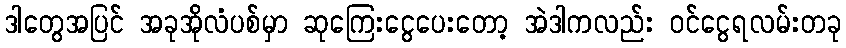
ဒါတွေအပြင် အခုအိုလံပစ်မှာ ဆုကြေးငွေပေးတော့ အဲဒါကလည်း ဝင်ငွေရလမ်းတခု